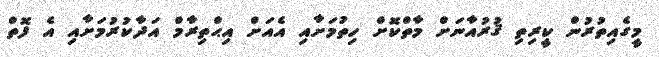
މީގެއިތުރުން ކީރިތި ޤުރުއާނަށް މާތްކޮށް ހިތުމަށާއި އެއަށް އިޙްތިރާމް އަދާކުރުމަށާއި އެ ފޮތް